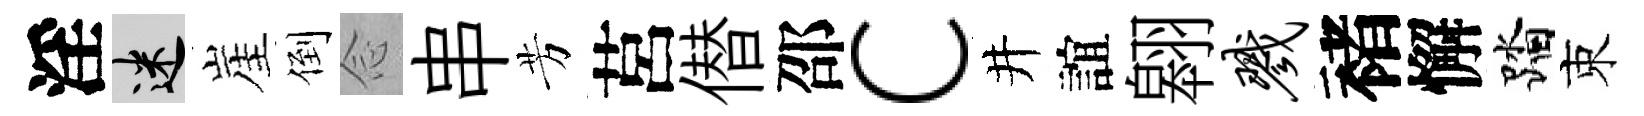
淫迷崖倒𫝹串芳莒僣邵c井誼翱戮褚懈踏束